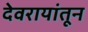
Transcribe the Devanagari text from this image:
देवरायांतून